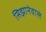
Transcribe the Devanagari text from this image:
सिझानेवाले